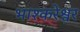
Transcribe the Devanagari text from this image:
भाश्करेश्वर